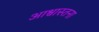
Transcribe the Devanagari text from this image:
आश्वास्तना